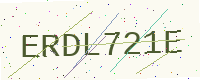
Text: ERDL721E